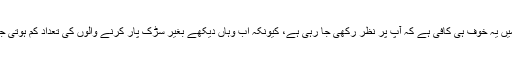
زنگیانگ میں یہ خوف ہی کافی ہے کہ آپ پر نظر رکھی جا رہی ہے، کیونکہ اب وہاں دیکھے بغیر سڑک پار کرنے والوں کی تعداد کم ہوتی جا رہی ہے۔